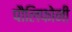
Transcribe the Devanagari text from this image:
पौलिफोनी